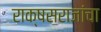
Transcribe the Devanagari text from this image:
राक्षसराजांचा